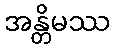
အန္တိမဿ